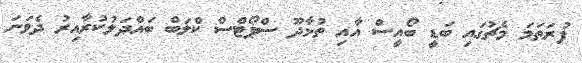
ފުރަތަމަ މެޗުގައި ބަޑީ ބޯއީސް އާއި ތުޅާދޫ ސްޕޯޓްސް ކްލަބް ބައްދަލުކުރާއިރު ދެވަނަ